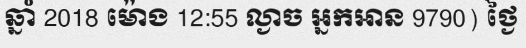
ឆ្នាំ 2018 ម៉ោង 12:55 ល្ងាច អ្នកអាន 9790) ថ្ងៃ